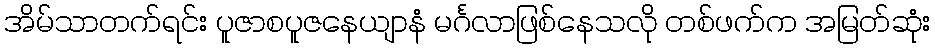
အိမ်သာတက်ရင်း ပူဇာစပူဇနေယျာနံ မင်္ဂလာဖြစ်နေသလို တစ်ဖက်က အမြတ်ဆုံး